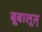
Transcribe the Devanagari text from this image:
बूबालूस्